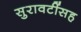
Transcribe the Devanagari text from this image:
सुरावटींसह